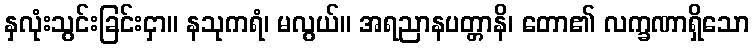
နှလုံးသွင်းခြင်းငှာ။ နသုကရံ၊ မလွယ်။ အရညာနပတ္တာနိ၊ တော၏ လက္ခဏာရှိသော